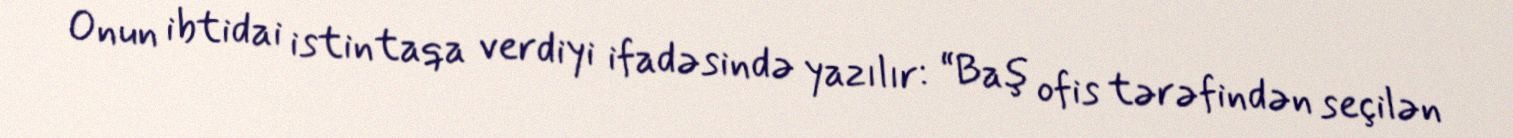
Onun ibtidai istintaqa verdiyi ifadəsində yazılır: “Baş ofis tərəfindən seçilən